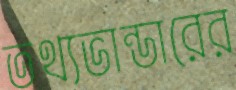
তথ্যভান্ডারের